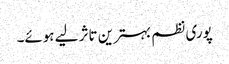
پوری نظم بہترین تاثر لیے ہوئے۔